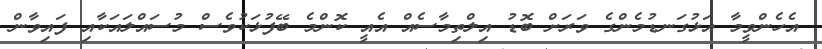
އެހެންވީމާ އަޅުގަނޑުމެންގެ ވަރަށް ބޮޑު އިލްތިމާސެއް އެއީ ކޮންމެ ބޭފުޅަކުވެސް މުސައްލައަކާއި ފައިވާން